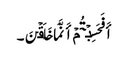
أَفَحَسِبۡتُمۡ أَنَّمَا خَلَقۡنَ۔